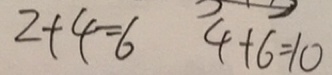
2 + 4 = 6 4 + 6 = 1 0